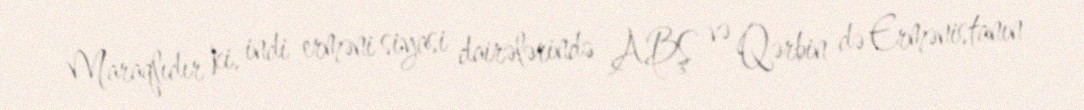
Maraqlıdır ki, indi erməni siyasi dairələrində ABŞ və Qərbin də Ermənistanın